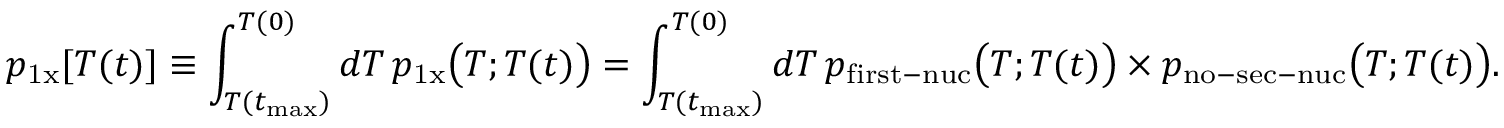
p _ { \mathrm { 1 x } } [ T ( t ) ] \equiv \int _ { T ( t _ { \mathrm { m a x } } ) } ^ { T ( 0 ) } d T \, p _ { \mathrm { 1 x } } \big ( T ; T ( t ) \big ) = \int _ { T ( t _ { \mathrm { m a x } } ) } ^ { T ( 0 ) } d T \, p _ { \mathrm { f i r s t - n u c } } \big ( T ; T ( t ) \big ) \times p _ { \mathrm { n o - s e c - n u c } } \big ( T ; T ( t ) \big ) .